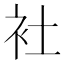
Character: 𬡃